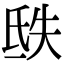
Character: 㲳